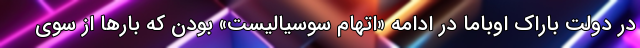
در دولت باراک اوباما در ادامه «اتهام سوسیالیست» بودن که بارها از سوی